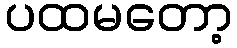
ပထမတော့